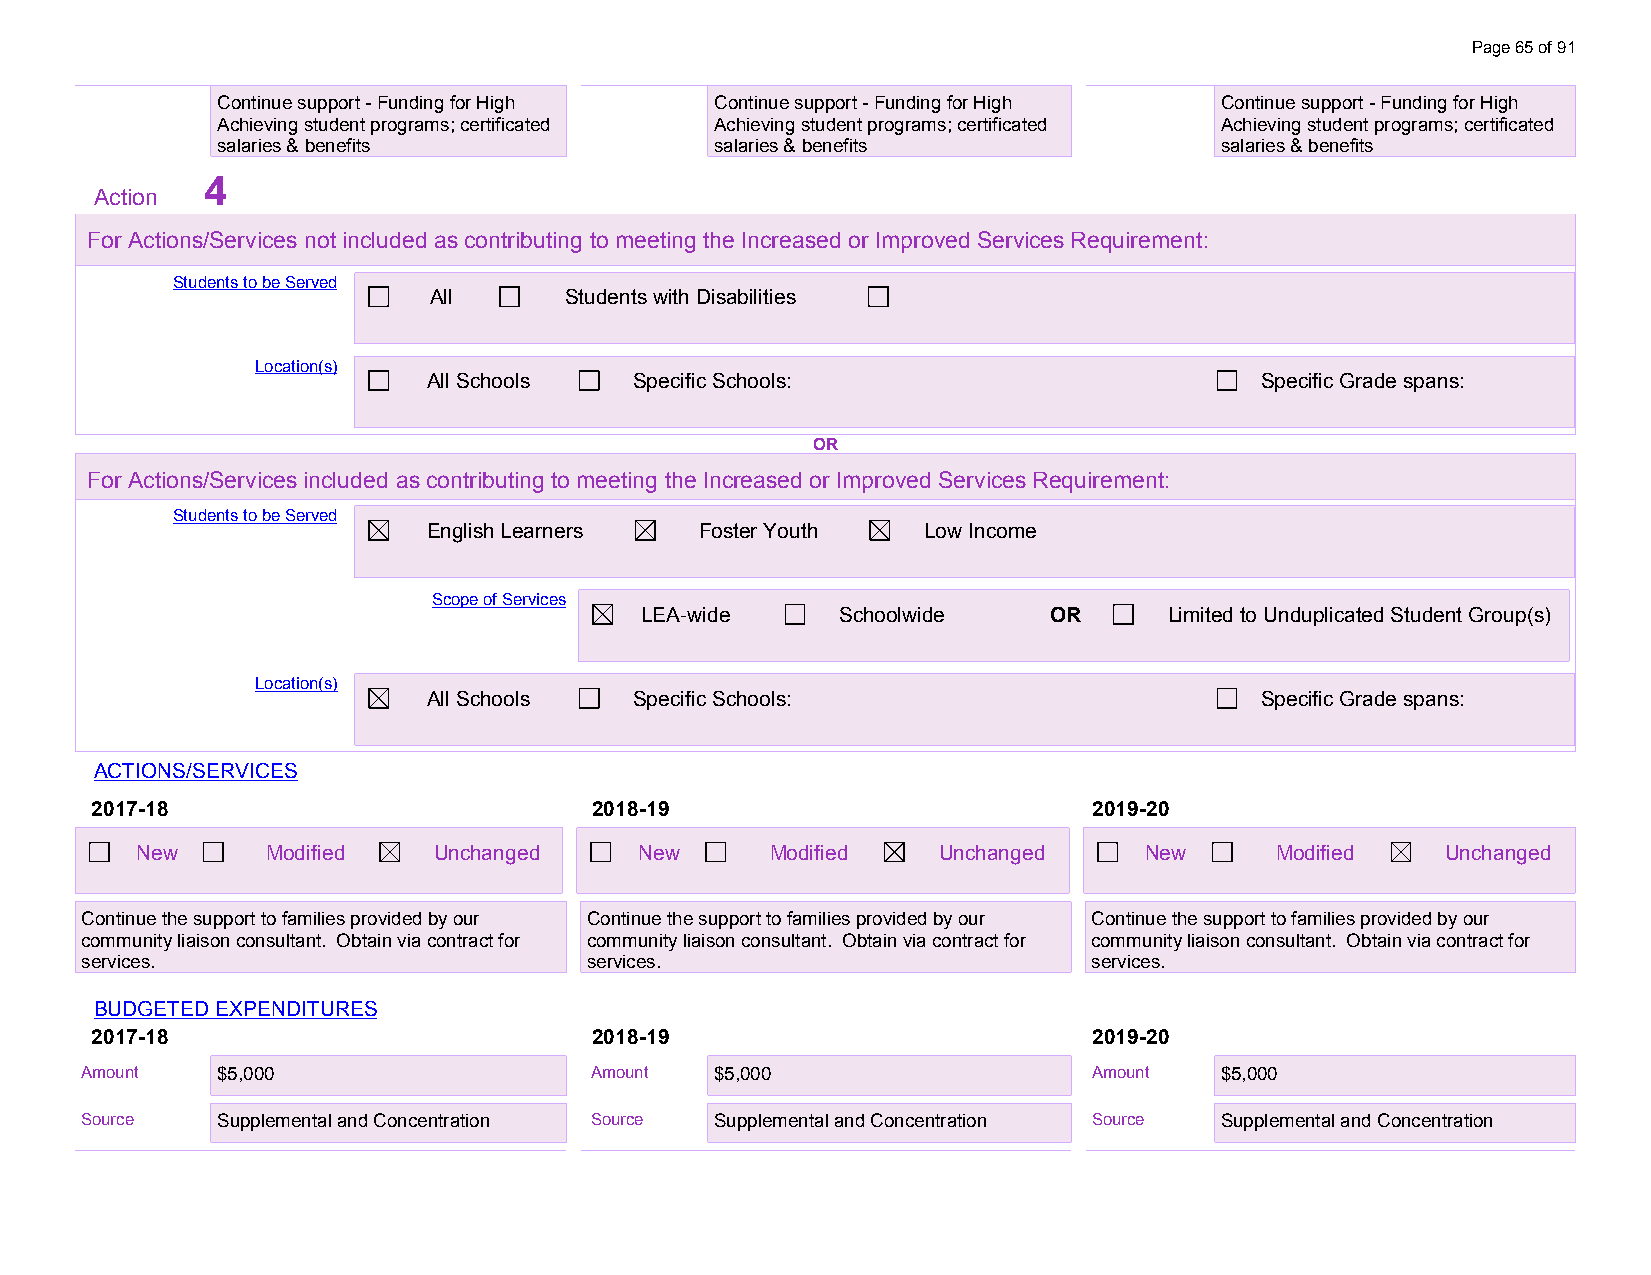
Page 65 of 91
 Continue support - Funding for High Continue support - Funding for High Continue support - Funding for High
 Achieving student programs; certificated Achieving student programs; certificated Achieving student programs; certificated
 salaries & benefits              salaries & benefits               salaries & benefits
 4
 Action
 For Actions/Services not included as contributing to meeting the Increased or Improved Services Requirement:
 Students to be Served
 All      Students with Disabilities
 Location(s)
 All Schools   Specific Schools:                        Specific Grade spans:
 OR
 For Actions/Services included as contributing to meeting the Increased or Improved Services Requirement:
 Students to be Served
 English Learners  Foster Youth   Low Income
 Scope of Services
 LEA-wide      Schoolwide   OR      Limited to Unduplicated Student Group(s)
 Location(s)
 All Schools   Specific Schools:                        Specific Grade spans:
 ACTIONS/SERVICES
 2017-18                          2018-19                          2019-20
 New      Modified   Unchanged    New      Modified   Unchanged     New     Modified    Unchanged
 Continue the support to families provided by our Continue the support to families provided by our Continue the support to families provided by our
 community liaison consultant. Obtain via contract for community liaison consultant. Obtain via contract for community liaison consultant. Obtain via contract for
 services.                         services.                        services.
 BUDGETED EXPENDITURES
 2017-18                          2018-19                          2019-20
 Amount   $5,000                   Amount  $5,000                   Amount   $5,000
 S o u rce
 $ S5 u, p00 p0
 lemental and Concentration Source Supplemental and Concentration Source Supplemental and Concentration
 $5,000